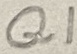
Text: Q1